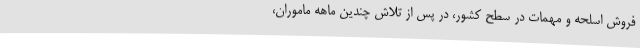
فروش اسلحه و مهمات در سطح کشور، در پس از تلاش چندین ماهه ماموران،